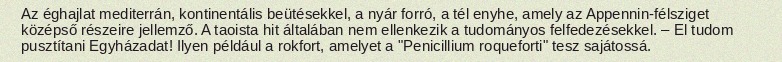
Az éghajlat mediterrán, kontinentális beütésekkel, a nyár forró, a tél enyhe, amely az Appennin-félsziget középső részeire jellemző. A taoista hit általában nem ellenkezik a tudományos felfedezésekkel. – El tudom pusztítani Egyházadat! Ilyen például a rokfort, amelyet a "Penicillium roqueforti" tesz sajátossá.